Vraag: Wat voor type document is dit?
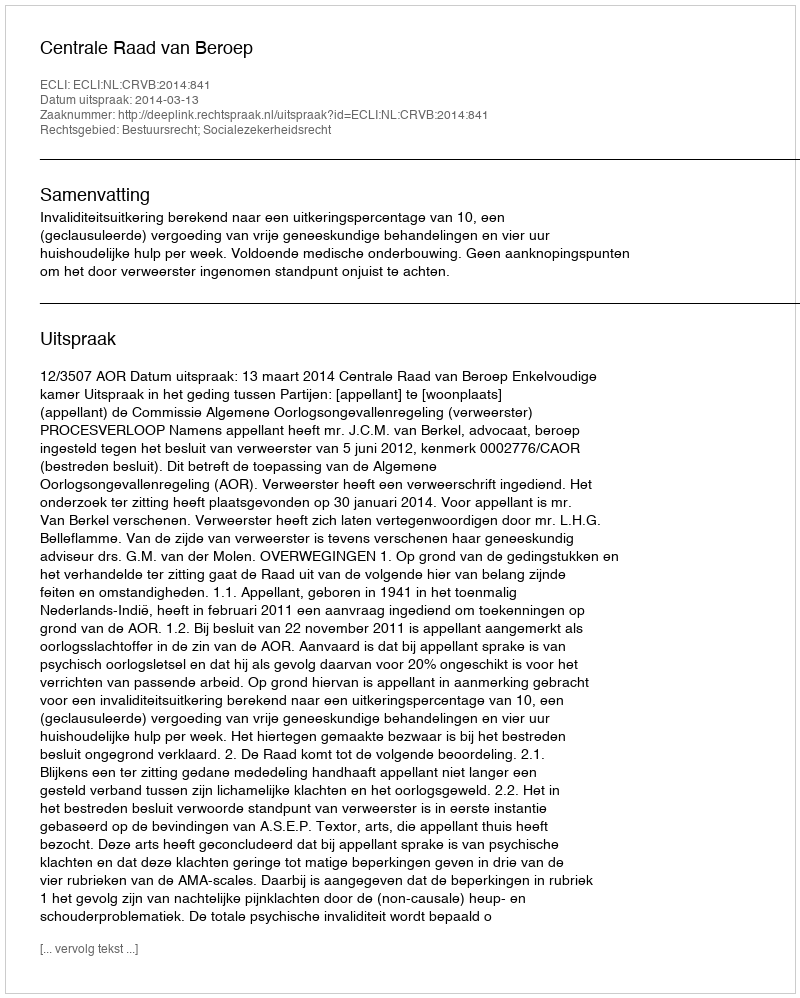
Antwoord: Uitspraak